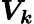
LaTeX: \boldsymbol{V_{k}}